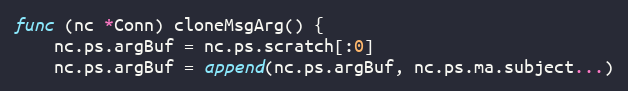
Language: Go
func (nc *Conn) cloneMsgArg() {
	nc.ps.argBuf = nc.ps.scratch[:0]
	nc.ps.argBuf = append(nc.ps.argBuf, nc.ps.ma.subject...)